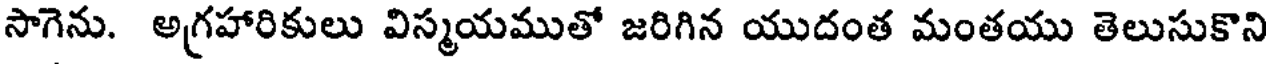
సాగెను. అగ్రహారికులు విస్మయముతో జరిగిన యుదంత మంతయు తెలుసుకొని